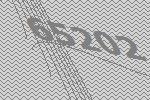
65202